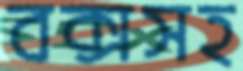
বক্সসহ